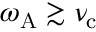
\omega _ { \mathrm { A } } \gtrsim \nu _ { \mathrm { c } }